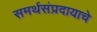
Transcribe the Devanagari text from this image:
समर्थसंप्रदायाचे